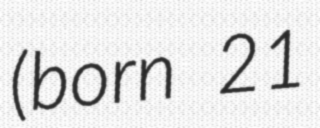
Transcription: (born 21